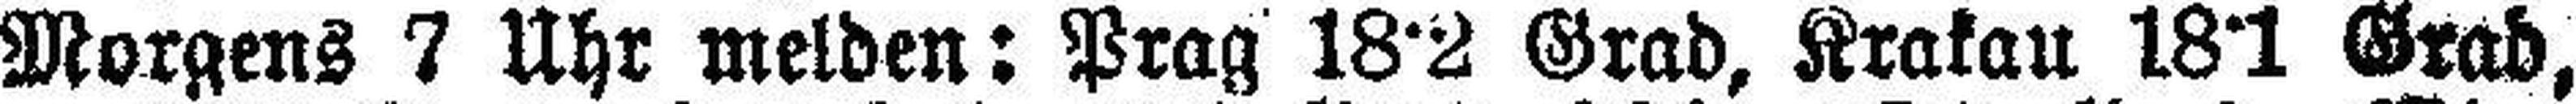
Morgens 7 Uhr melden: Prag 18°2 Grad, Krakau 18°1 Grad,